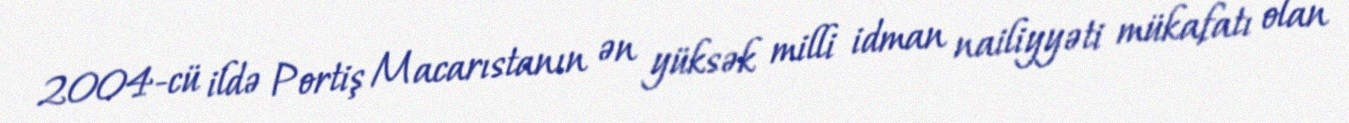
2004-cü ildə Portiş Macarıstanın ən yüksək milli idman nailiyyəti mükafatı olan